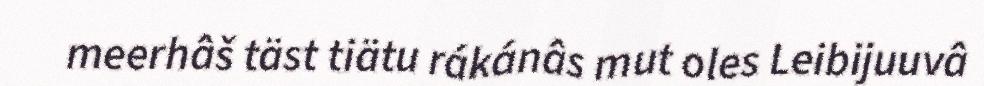
meerhâš täst tiätu rákánâs mut oles Leibijuuvâ